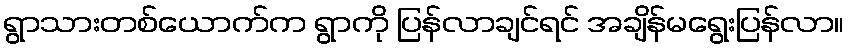
ရွာသားတစ်ယောက်က ရွာကို ပြန်လာချင်ရင် အချိန်မရွေးပြန်လာ။